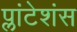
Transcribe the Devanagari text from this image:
प्लांटेशंस